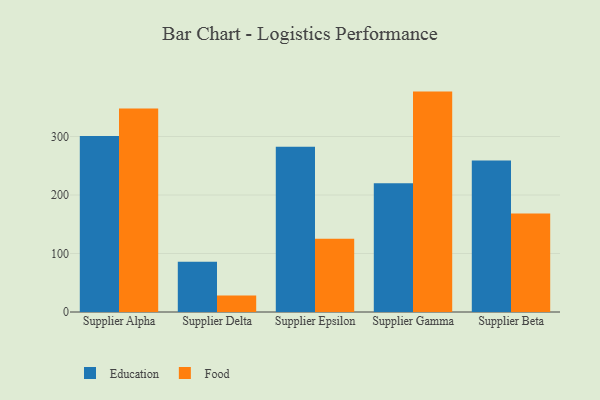
{"axis": {"x": "Supplier", "y": "Website Visitors"}, "legend": ["Education", "Food"], "data": [{"x": "Supplier Alpha", "y": 300.8, "type": "Education"}, {"x": "Supplier Alpha", "y": 347.9, "type": "Food"}, {"x": "Supplier Delta", "y": 86.0, "type": "Education"}, {"x": "Supplier Delta", "y": 28.3, "type": "Food"}, {"x": "Supplier Epsilon", "y": 282.7, "type": "Education"}, {"x": "Supplier Epsilon", "y": 125.3, "type": "Food"}, {"x": "Supplier Gamma", "y": 220.0, "type": "Education"}, {"x": "Supplier Gamma", "y": 376.8, "type": "Food"}, {"x": "Supplier Beta", "y": 259.0, "type": "Education"}, {"x": "Supplier Beta", "y": 168.3, "type": "Food"}]}